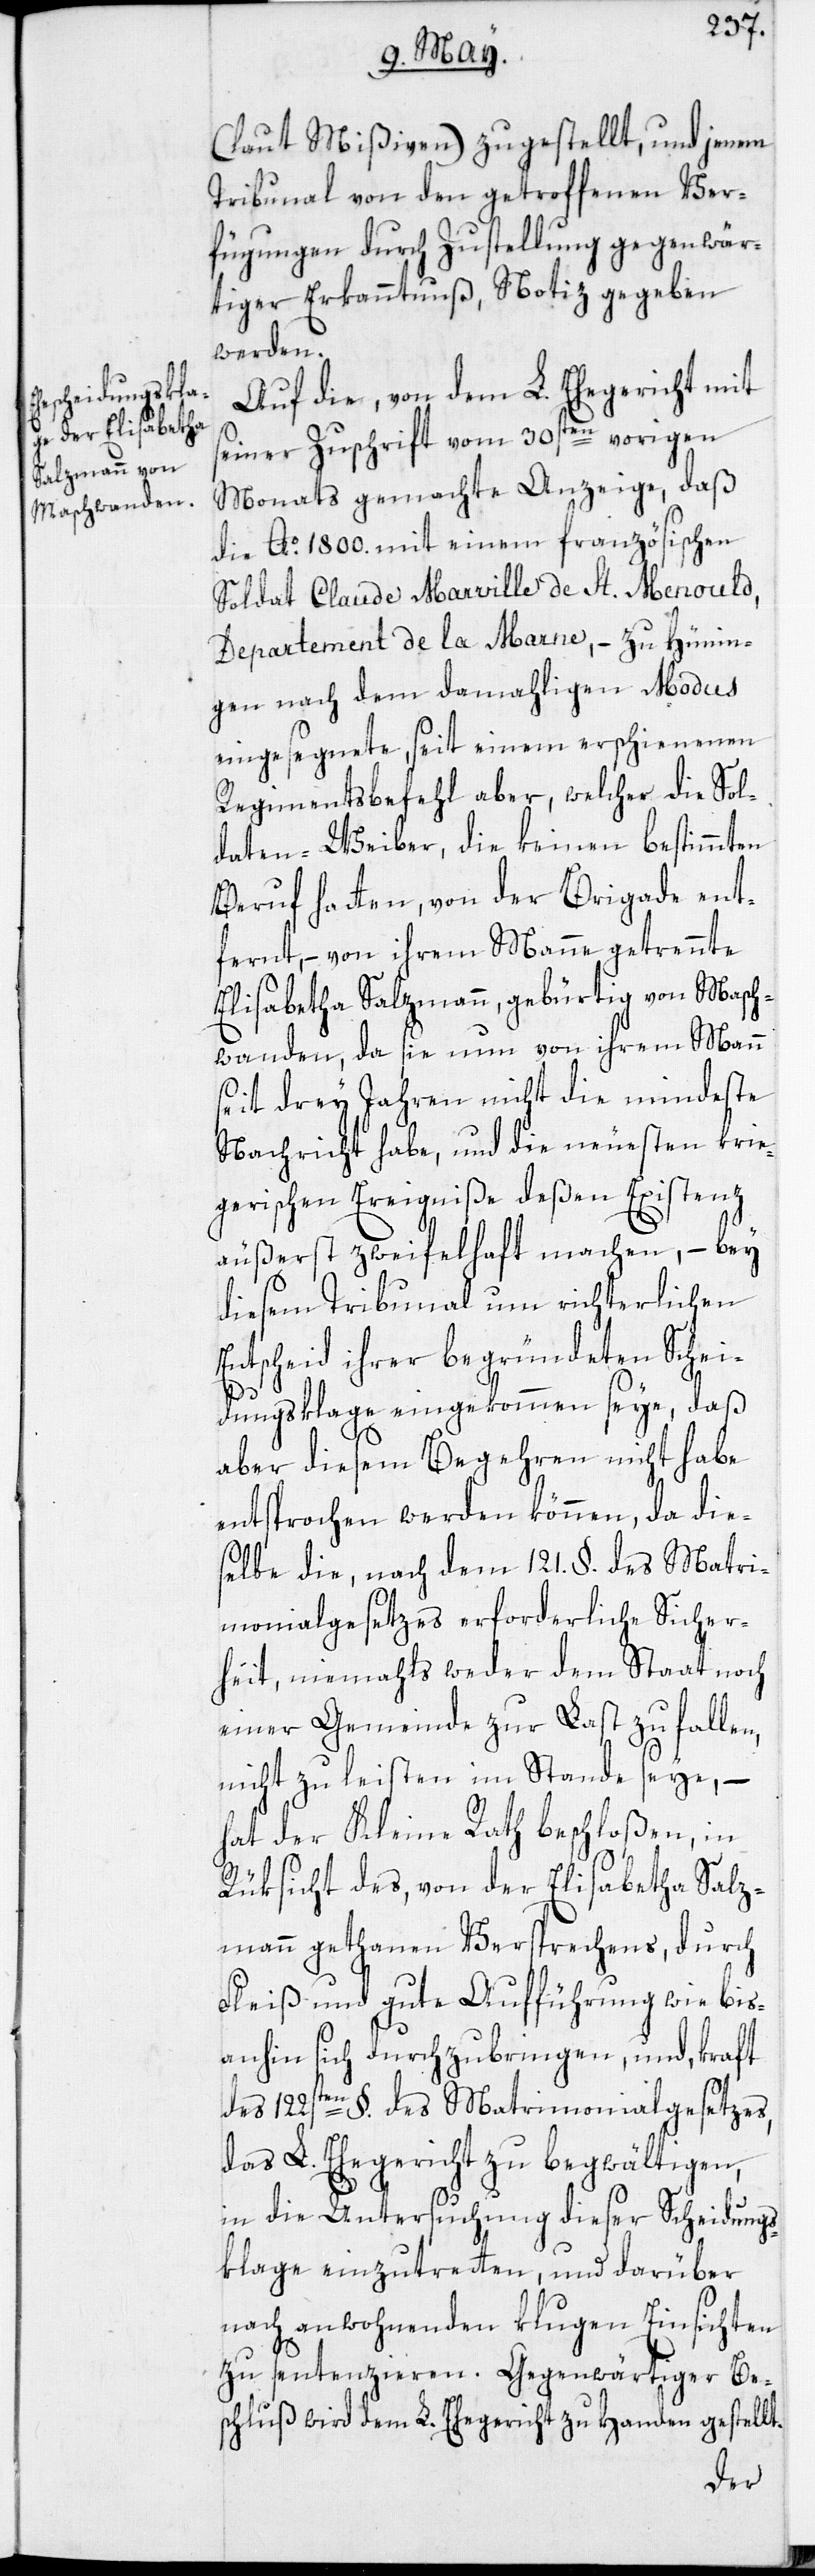
(laut Mißiven) zugestellt, und jenem
Tribunal von den getroffenen Ver¬
fügungen durch Zustellung gegenwär¬
tiger Erkanntnuß, Notiz gegeben
werden.
Auf die, von dem L. Ehegericht mit
seiner Zuschrift vom 30sten vorigen
Monats gemachte Anzeige, daß
die Ao 1800. mit einem französischen
Soldat Claude Marville de St. Menould,
Departement de la Marne, – zu Hünin¬
gen nach dem damahligen Modus
eingesegnete, seit einem erschienenen
Regimentsbefehl aber, welcher die Sol¬
daten-Weiber, die keinen bestimmten
Beruf hatten, von der Brigade ent¬
fernt, – von ihrem Manne getrennte
Elisabetha Salzmann, gebürtig von Masch¬
wanden, da sie nun von ihrem Mann
seit drey Jahren nicht die mindeste
Nachricht habe, und die neuesten krie¬
gerischen Ereigniße deßen Existenz
äußerst zweifelhaft machen, – bey
diesem Tribunal um richterlichen
Entscheid ihrer begründeten Schei¬
dungsklage eingekommen seye, daß
aber diesem Begehren nicht habe
entsprochen werden können, da die¬
selbe die, nach dem 121. §. des Matri¬
monialgesetzes erforderliche Sicher¬
heit, niemahls weder dem Staat noch
einer Gemeinde zur Last zu fallen,
nicht zu leisten im Stande seye, –
hat der Kleine Rath beschloßen, in
Rüksicht des von der Elisabetha Salz¬
mann gethanen Versprechens, durch
Fleiß und gute Aufführung wie bis¬
anhin sich durchzubringen, und, kraft
des 122sten §. des Matrimonialgesetzes,
das L. Ehegericht zu begwältigen,
in die Untersuchung dieser Scheidungs¬
klage einzutreten, und darüber
nach anwohnenden klugen Einsichten
zu sentenzieren. Gegenwärtiger Be¬
schluß wird dem L. Ehegericht zu Handen gestellt.